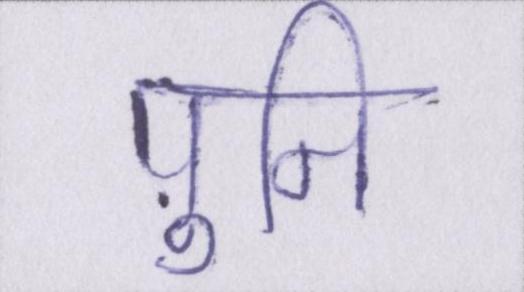
पुनि